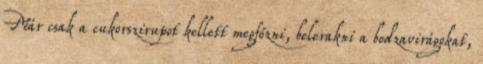
Már csak a cukorszirupot kellett megfőzni, belerakni a bodzavirágokat,